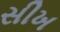
સીખ